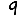
Digit: 9